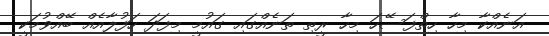
އަނެއްކާ މިހާ ހިތްފަސޭހަ މިހާ ރީތި ތަނެއްގައި ގައުމީ މިފަދަ ހަފުލާއެއް ބޭއްވުމަކީ